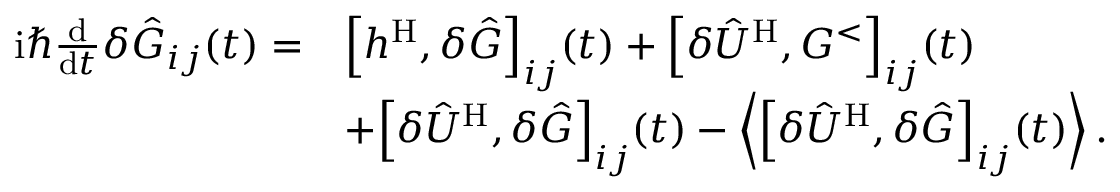
\begin{array} { r l } { \mathrm { i } \hbar \frac { \mathrm { d } } { \mathrm { d } t } \delta \hat { G } _ { i j } ( t ) = } & { \Big [ h ^ { \mathrm { H } } , \delta \hat { G } \Big ] _ { i j } ( t ) + \Big [ \delta \hat { U } ^ { \mathrm { H } } , G ^ { < } \Big ] _ { i j } ( t ) } \\ & { + \Big [ \delta \hat { U } ^ { \mathrm { H } } , \delta \hat { G } \Big ] _ { i j } ( t ) - \Big \langle \Big [ \delta \hat { U } ^ { \mathrm { H } } , \delta \hat { G } \Big ] _ { i j } ( t ) \Big \rangle \, . } \end{array}